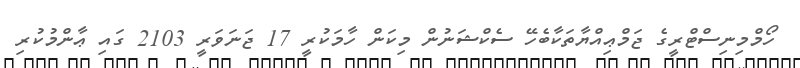
ހޯމްމިނިސްޓްރީގެ ޖަމްޢިއްޔާތަކާބެހޭ ސެކްޝަނުން މިކަން ހާމަކުރީ 17 ޖަނަވަރީ 2103 ގައި ޢާންމުކުރި